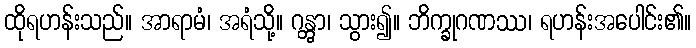
ထိုရဟန်းသည်။ အာရာမံ၊ အရံသို့။ ဂန္တွာ၊ သွား၍။ ဘိက္ခုဂဏဿ၊ ရဟန်းအပေါင်း၏။